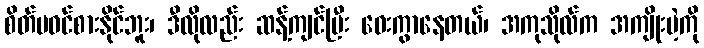
စိတ်မဝင်စားနိုင်ဘူး၊ ဒီလိုလည်း ဆန့်ကျင်ပြီး ဝေးကွာနေတယ်၊ အကုသိုလ်က အကျိုးမဲ့ကို